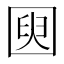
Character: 𫭌